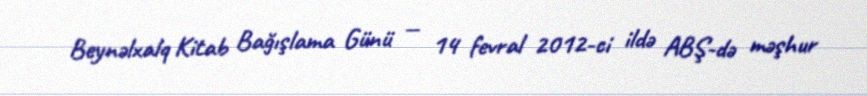
Beynəlxalq Kitab Bağışlama Günü — 14 fevral 2012-ci ildə ABŞ-də məşhur